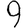
Digit: 9